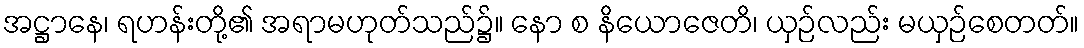
အဋ္ဌာနေ၊ ရဟန်းတို့၏ အရာမဟုတ်သည်၌။ နော စ နိယောဇေတိ၊ ယှဉ်လည်း မယှဉ်စေတတ်။